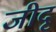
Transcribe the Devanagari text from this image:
जीदृ